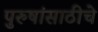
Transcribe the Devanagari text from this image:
पुरुषांसाठीचे